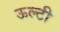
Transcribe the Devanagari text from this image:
ऊल्टी